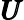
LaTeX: \pmb{U}